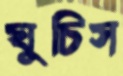
ঘুচিস